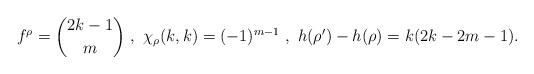
\begin{align*}f^\rho = {2k-1 \choose m} \ , \ \chi_\rho(k,k) = (-1)^{m-1} \ , \ h(\rho')-h(\rho) = k (2k-2m-1).\end{align*}